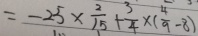
= - 2 5 \times \frac { 2 } { 1 5 } + \frac { 3 } { 4 } \times ( \frac { 4 } { 9 } - 8 )